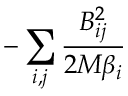
- \sum _ { i , j } \frac { B _ { i j } ^ { 2 } } { 2 M \beta _ { i } }